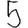
Digit: 5